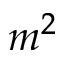
m ^ { 2 }